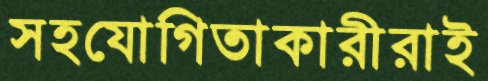
সহযোগিতাকারীরাই